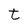
Character: t